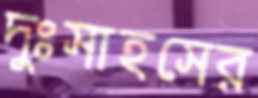
দুঃসাহসের